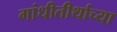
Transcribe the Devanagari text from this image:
गांधीतीर्थाच्या